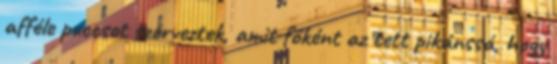
afféle puccsot szerveztek, amit főként az tett pikánssá, hogy